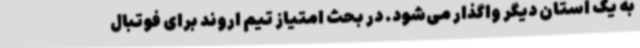
به یک استان دیگر واگذار می‌شود. در بحث امتیاز تیم اروند برای فوتبال